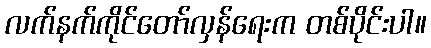
လက်နက်ကိုင်တော်လှန်ရေးက တစ်ပိုင်းပါ။